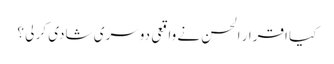
کیا اقرار الحسن نے واقعی دوسری شادی کر لی ؟